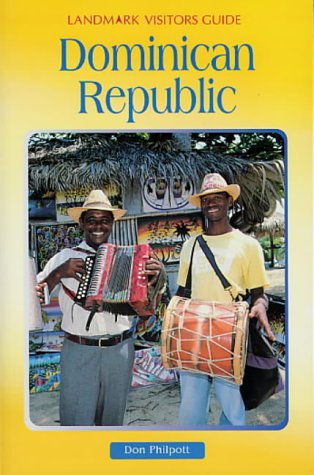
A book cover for Dominican Republic (Landmark Visitors Guide Dominican Republic); Nelles Verlag; Travel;